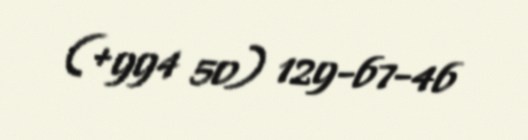
(+994 50) 129-67-46